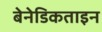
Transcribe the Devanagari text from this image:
बेनेडिकताइन